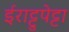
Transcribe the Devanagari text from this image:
ईराट्टुपेट्टा